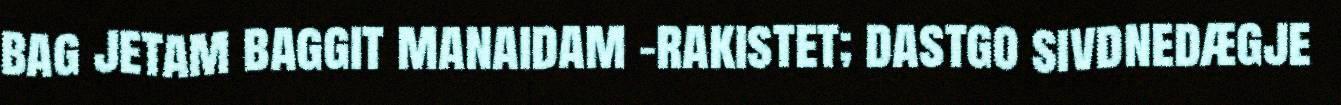
bag jetam baggit manaidam –rakistet; dastgo sivdnedægje